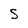
Character: 5